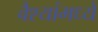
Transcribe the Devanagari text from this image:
वैश्यांमध्ये